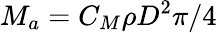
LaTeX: M_{a}=C_{M}\rho D^{2}\pi/4